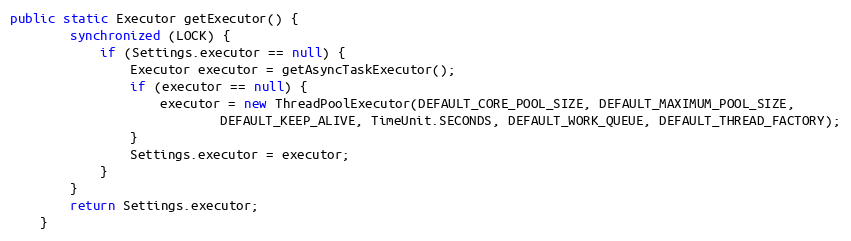
Language: Java
public static Executor getExecutor() {
        synchronized (LOCK) {
            if (Settings.executor == null) {
                Executor executor = getAsyncTaskExecutor();
                if (executor == null) {
                    executor = new ThreadPoolExecutor(DEFAULT_CORE_POOL_SIZE, DEFAULT_MAXIMUM_POOL_SIZE,
                            DEFAULT_KEEP_ALIVE, TimeUnit.SECONDS, DEFAULT_WORK_QUEUE, DEFAULT_THREAD_FACTORY);
                }
                Settings.executor = executor;
            }
        }
        return Settings.executor;
    }